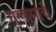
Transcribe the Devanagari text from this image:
गुलांमांचे